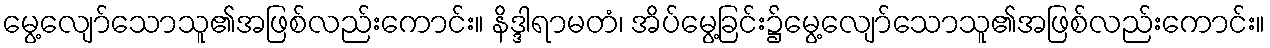
မွေ့လျော်သောသူ၏အဖြစ်လည်းကောင်း။ နိဒ္ဒါရာမတံ၊ အိပ်မွေ့ခြင်း၌မွေ့လျော်သောသူ၏အဖြစ်လည်းကောင်း။